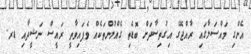
އެންގި މައްސަލާގައި ރާއްޖޭގެ އިގުތިސާދަށް ބޮޑެތި ގެއްލުންތަކެއް ވެފައިވާތީ ރައީސް ނަޝީދާއި ޑރ.